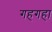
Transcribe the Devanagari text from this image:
गहगहा